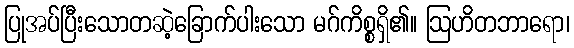
ပြုအပ်ပြီးသောတဆဲ့ခြောက်ပါးသော မဂ်ကိစ္စရှိ၏။ ဩဟိတဘာရော၊